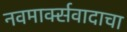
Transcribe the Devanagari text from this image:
नवमार्क्सवादाचा